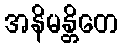
အနိမန္တိတေ